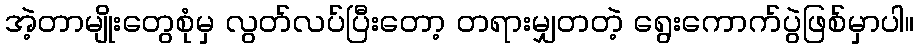
အဲ့တာမျိုးတွေစုံမှ လွတ်လပ်ပြီးတော့ တရားမျှတတဲ့ ရွေးကောက်ပွဲဖြစ်မှာပါ။